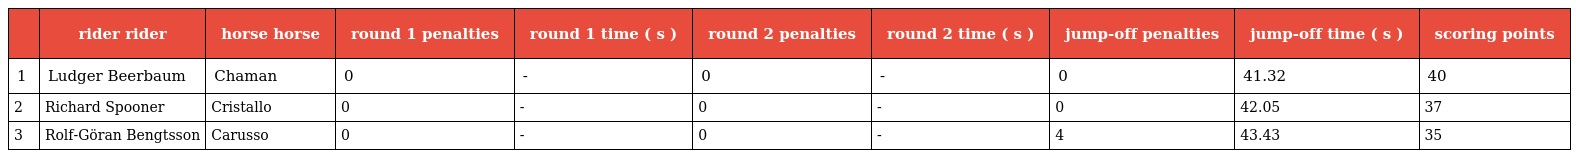
|  | rider rider | horse horse | round 1 penalties | round 1 time ( s ) | round 2 penalties | round 2 time ( s ) | jump-off penalties | jump-off time ( s ) | scoring points |
 | --- | --- | --- | --- | --- | --- | --- | --- | --- | --- |
 | 1 | Ludger Beerbaum | Chaman | 0 | - | 0 | - | 0 | 41.32 | 40 |
 | 2 | Richard Spooner | Cristallo | 0 | - | 0 | - | 0 | 42.05 | 37 |
 | 3 | Rolf-Göran Bengtsson | Carusso | 0 | - | 0 | - | 4 | 43.43 | 35 |